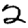
Digit: 2